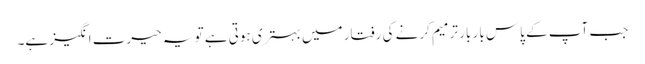
جب آپ کے پاس بار بار ترمیم کرنے کی رفتار میں بہتری ہوتی ہے تو یہ حیرت انگیز ہے۔